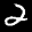
Label: 2